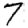
Digit: 7